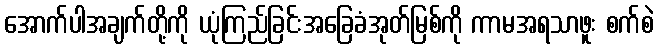
အောက်ပါအချက်တို့ကို ယုံကြည်ခြင်းအခြေခံအုတ်မြစ်ကို ကာမအရသာဖူး စက်စဲ